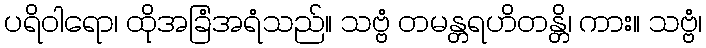
ပရိဝါရော၊ ထိုအခြံအရံသည်။ သဗ္ဗံ တမန္တရဟိတန္တိ၊ ကား။ သဗ္ဗံ၊